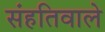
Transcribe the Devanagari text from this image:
संहतिवाले